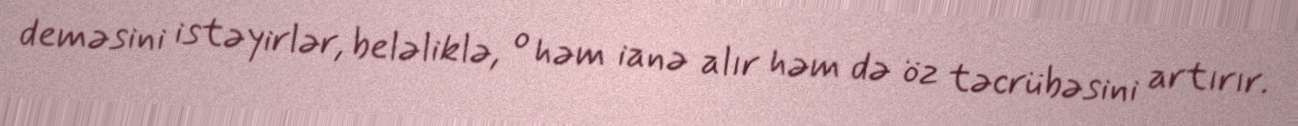
deməsini istəyirlər, beləliklə, o həm ianə alır həm də öz təcrübəsini artırır.